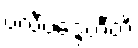
ဗလီဗဒ္ဒေဟီတိ